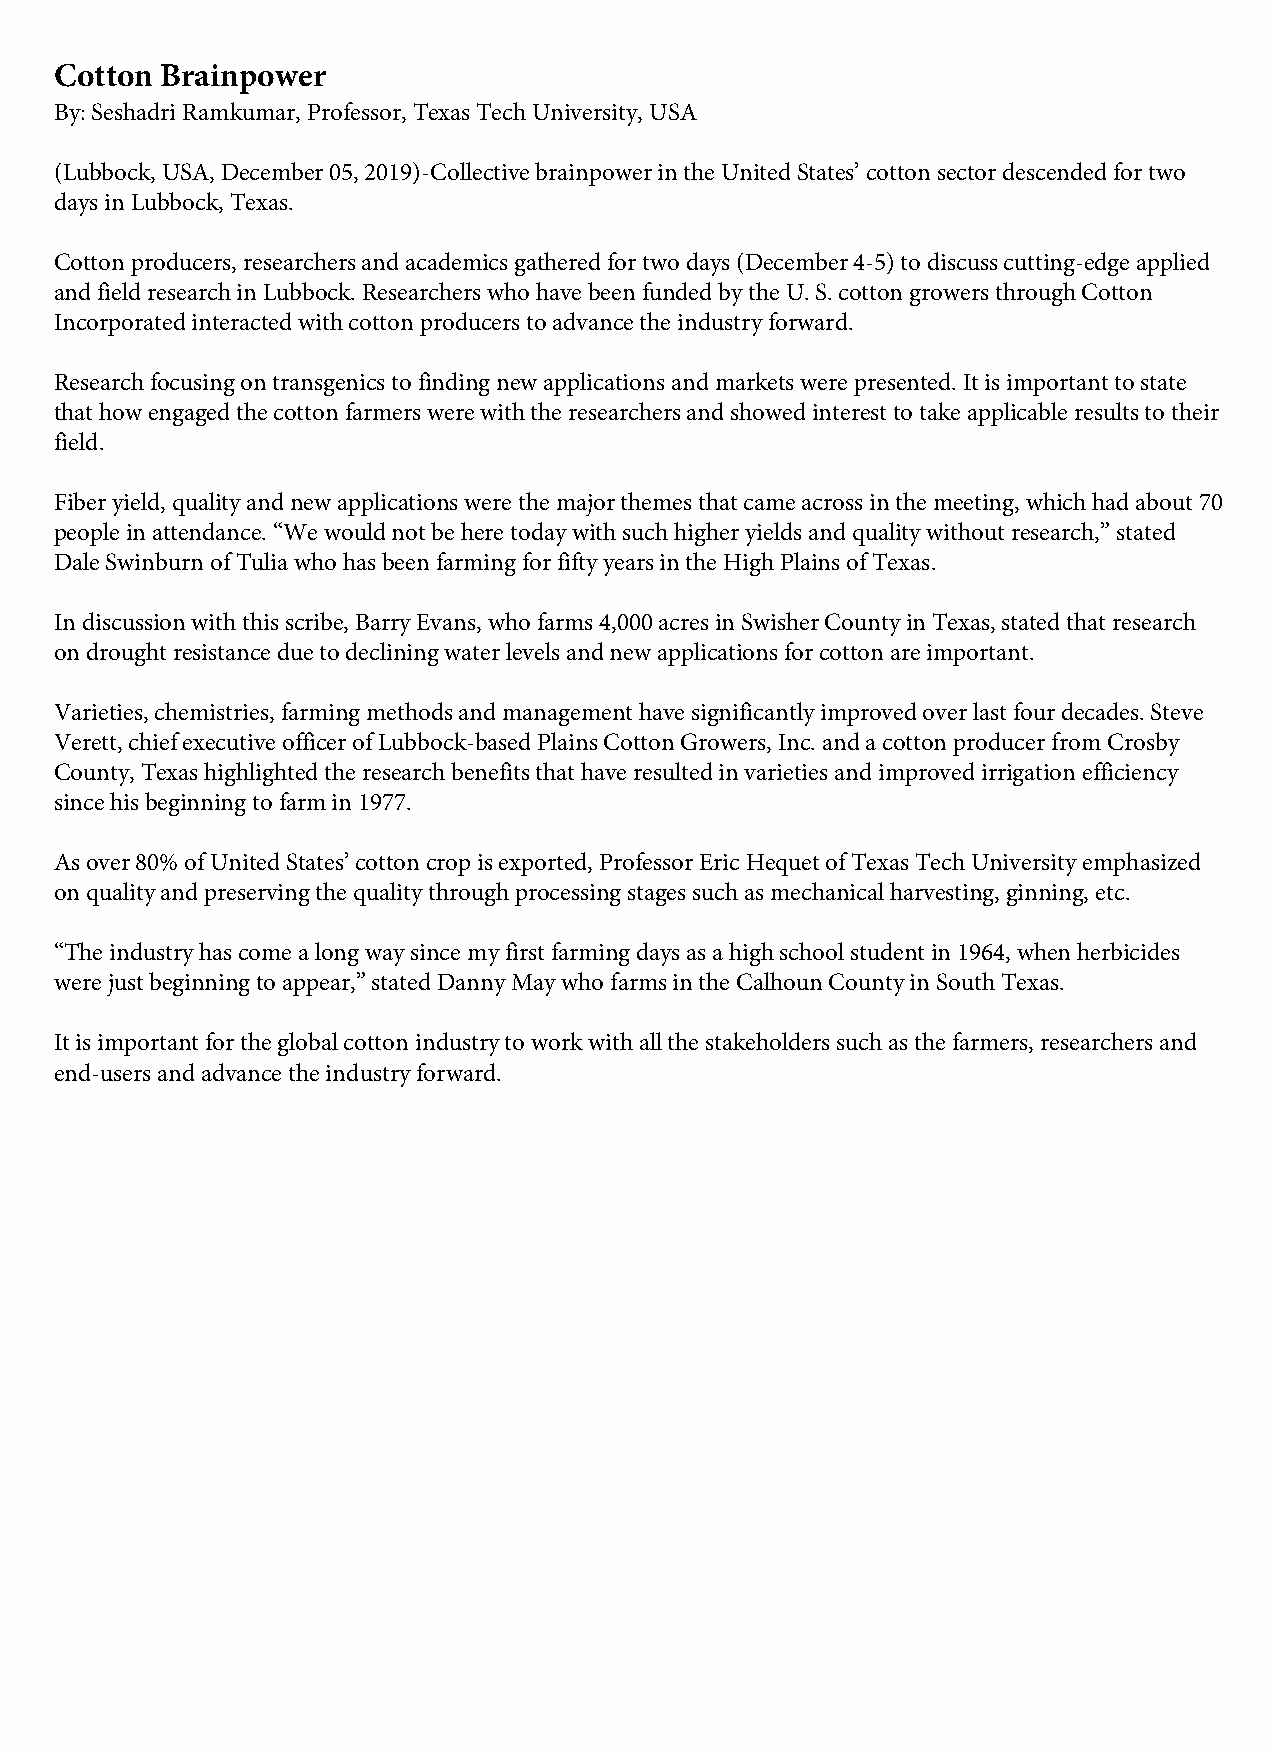
Cotton Brainpower
 By: Seshadri Ramkumar, Professor, Texas Tech University, USA
 (Lubbock, USA, December 05, 2019)-Collective brainpower in the United States’ cotton sector descended for two
 days in Lubbock, Texas.
 Cotton producers, researchers and academics gathered for two days (December 4-5) to discuss cutting-edge applied
 and field research in Lubbock. Researchers who have been funded by the U. S. cotton growers through Cotton
 Incorporated interacted with cotton producers to advance the industry forward.
 Research focusing on transgenics to finding new applications and markets were presented. It is important to state
 that how engaged the cotton farmers were with the researchers and showed interest to take applicable results to their
 field.
 Fiber yield, quality and new applications were the major themes that came across in the meeting, which had about 70
 people in attendance. “We would not be here today with such higher yields and quality without research,” stated
 Dale Swinburn of Tulia who has been farming for fifty years in the High Plains of Texas.
 In discussion with this scribe, Barry Evans, who farms 4,000 acres in Swisher County in Texas, stated that research
 on drought resistance due to declining water levels and new applications for cotton are important.
 Varieties, chemistries, farming methods and management have significantly improved over last four decades. Steve
 Verett, chief executive officer of Lubbock-based Plains Cotton Growers, Inc. and a cotton producer from Crosby
 County, Texas highlighted the research benefits that have resulted in varieties and improved irrigation efficiency
 since his beginning to farm in 1977.
 As over 80% of United States’ cotton crop is exported, Professor Eric Hequet of Texas Tech University emphasized
 on quality and preserving the quality through processing stages such as mechanical harvesting, ginning, etc.
 “The industry has come a long way since my first farming days as a high school student in 1964, when herbicides
 were just beginning to appear,” stated Danny May who farms in the Calhoun County in South Texas.
 It is important for the global cotton industry to work with all the stakeholders such as the farmers, researchers and
 end-users and advance the industry forward.